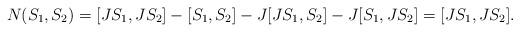
LaTeX: \begin{align*} N(S_1,S_2)=[JS_1,JS_2]-[S_1,S_2]-J[JS_1,S_2]-J[S_1,JS_2]=[JS_1,JS_2].\end{align*}